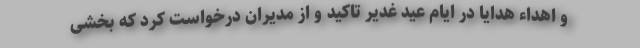
و اهداء هدایا در ایام عید غدیر تاکید و از مدیران درخواست کرد که بخشی